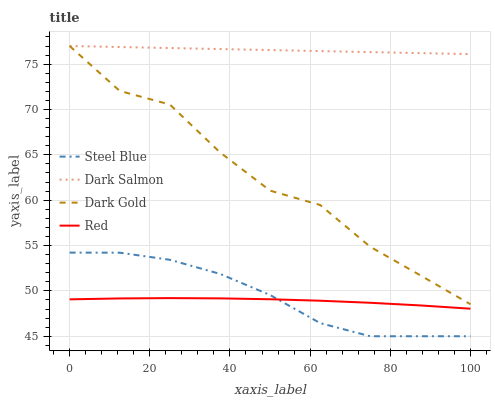
| xaxis_label | Steel Blue | Dark Salmon | Dark Gold | Red |
 | --- | --- | --- | --- | --- |
 | 0 | 54.2 | 77 | 77 | 49.1 |
 | 12.5 | 54.2 | 76.9 | 72 | 49.2 |
 | 25 | 53.4 | 76.8 | 70.6 | 49.2 |
 | 37.5 | 51.9 | 76.7 | 65.3 | 49.2 |
 | 50 | 49.5 | 76.6 | 61.1 | 49.1 |
 | 62.5 | 46.4 | 76.4 | 59.5 | 48.9 |
 | 75 | 45 | 76.3 | 54.9 | 48.7 |
 | 87.5 | 45 | 76.2 | 51.7 | 48.4 |
 | 100 | 45 | 76.1 | 48.5 | 48 |